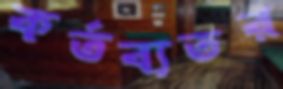
কর্তব্যতর